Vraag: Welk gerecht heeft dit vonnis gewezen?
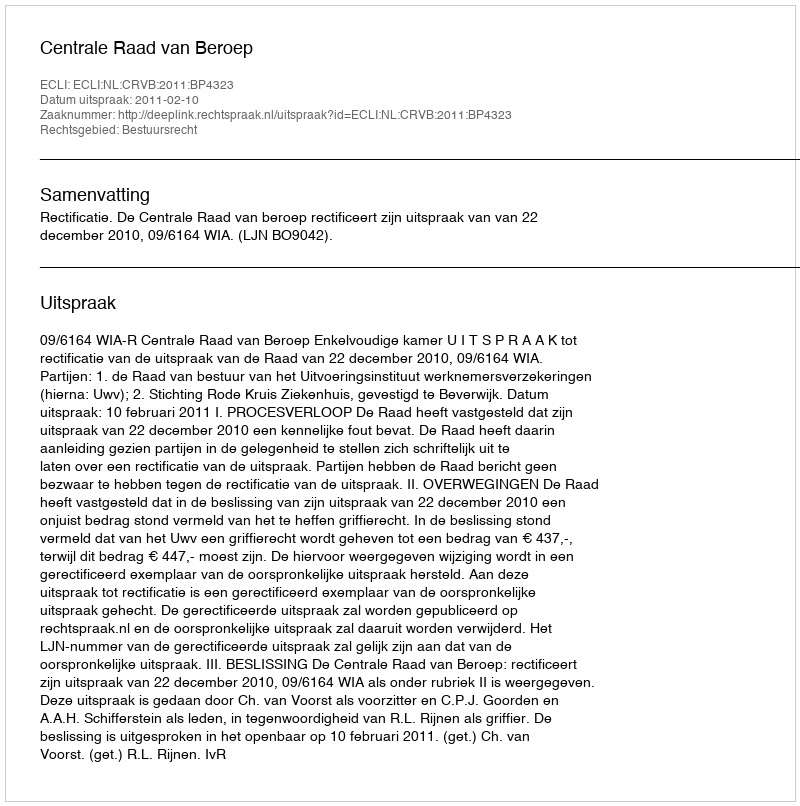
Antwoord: Centrale Raad van Beroep